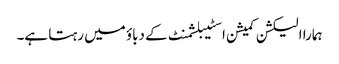
ہمارا الیکشن کمیشن اسٹیبلشمنٹ کے دباؤ میں رہتا ہے۔